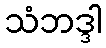
သံဘဒ္ဒါ